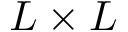
L \times L